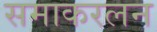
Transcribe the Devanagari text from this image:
समाकरलन